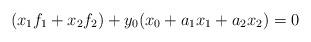
LaTeX: \begin{align*} (x_1f_1+x_2f_2)+ y_0(x_0+a_1x_1+a_2x_2) = 0\end{align*}